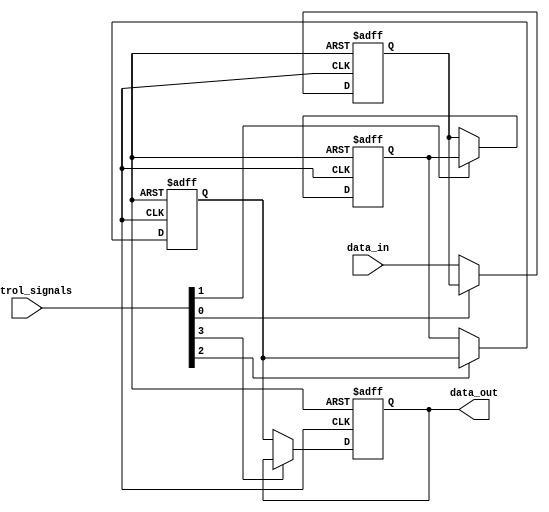
module timing_control_and_synchronization_blocks (
    input wire [3:0] data_in,
    input wire [3:0] control_signals,
    output reg [3:0] data_out
);

reg [3:0] reg1, reg2, reg3, reg4;

always @ (posedge clk or posedge rst) begin
    if (rst) begin
        reg1 <= 4'b0;
        reg2 <= 4'b0;
        reg3 <= 4'b0;
        reg4 <= 4'b0;
    end else begin
        if (control_signals[0] == 1'b0) begin
            reg1 <= data_in;
        end
        if (control_signals[1] == 1'b0) begin
            reg2 <= reg1;
        end
        if (control_signals[2] == 1'b0) begin
            reg3 <= reg2;
        end
        if (control_signals[3] == 1'b0) begin
            reg4 <= reg3;
        end
    end
end

assign data_out = reg4;

endmodule